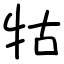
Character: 牯